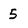
Character: 5